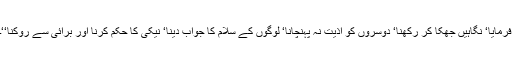
فرمایا‘ نگاہیں جھکا کر رکھنا‘ دوسروں کو اذیت نہ پہنچانا‘ لوگوں کے سلام کا جواب دینا‘ نیکی کا حکم کرنا اور برائی سے روکنا‘‘۔